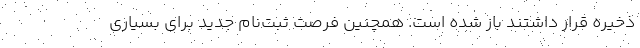
ذخیره قرار داشتند باز شده است. همچنین فرصت ثبت‌نام جدید برای بسیاری